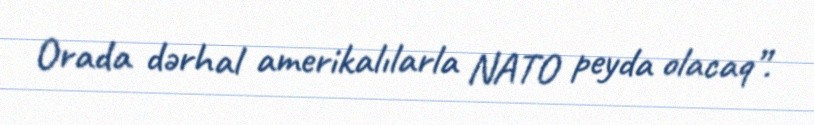
Orada dərhal amerikalılarla NATO peyda olacaq”.